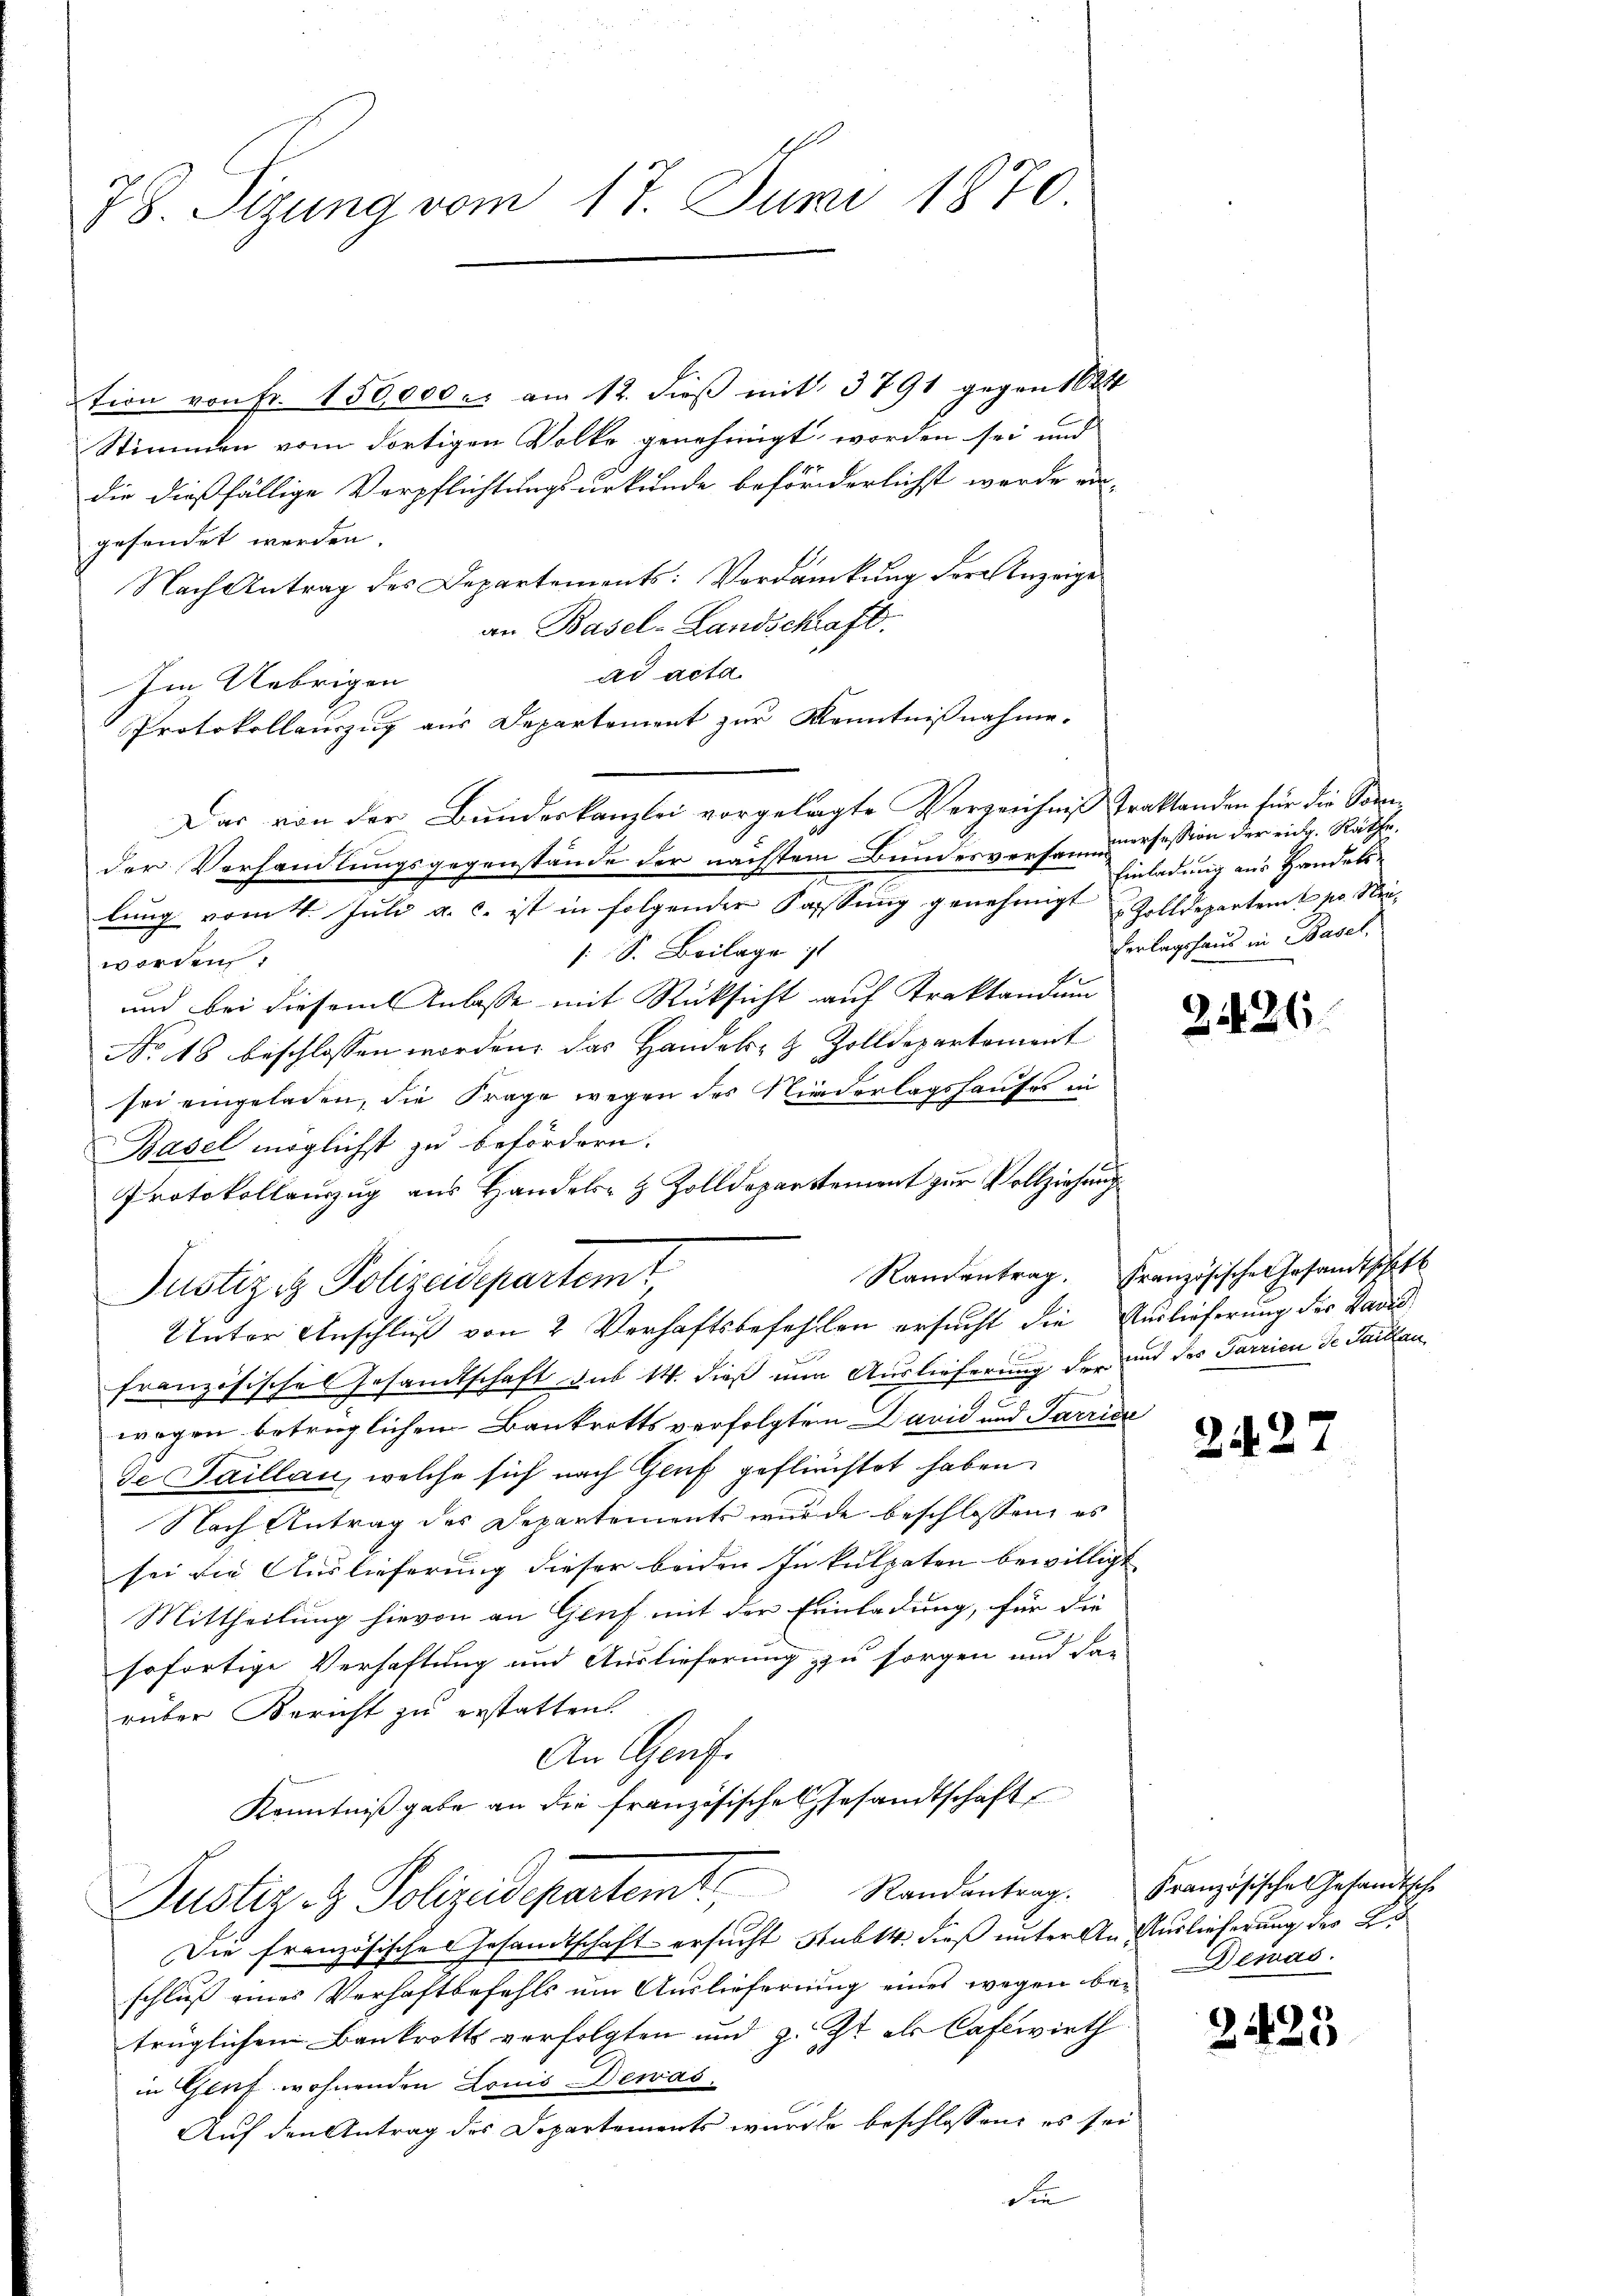
78. Sizung vom 17. Juni 1870

tion von Fr. 150,000 u. am 12. dieß mit 3791 gegen 1824
Stimmen vom dortigen Volke genehmigt worden sei und
die dießfällige Verpflichtungsurkunde beförderlichst werde ein-
gesendet werden.
Nach Antrag des Departements: Verdankung der Anzeige
an Basel-Landschaft.
ad acta.
Im Uebrigen
Protokollauszug aus Departement zur Kenntnißnahme.
Das von der Bundeskanzlei vorgelegte Verzeichnis traktanden für die Soneder Verhandlungsgegenstände der nächstem Bundesverfen mursession der eidg. Räthe,
2
lung vom 4. Juli a. c. ist in folgender Fassung genehmigt Zolldepartent pr. Mei¬
: S. Beilage i
worden.
und bei diesem Anlasse mit Rücksicht auf Kraktandum
No 18 beschlossen worden, das Handels- & Zolldepartement
sei eingeladen, die Frage wegen des Niederlagshauses in
Basel möglichst zu befördern.
Protokollauszug aus Handels- & Zolldepartement zur Vollziehung
französische Gesandtschaft das 14. dieß nun Auslieferung der und des Farrien de Saitlan

wegen betrüglichen Bankrotts verfolgten David und Parric
de Saillau, welche sich nach Genf geflichtet haben.
Nach Antrag des Departements wurde beschlossen, es
sei die Auslieferung dieser beiden Inkulpaten bewilligt
Mittheilung hievon an Genf mit der Einladung, für die
sofortige Verhaftung und Auslieferung zu sorgen und das
rüber Bericht zu erstatten.
An Genf.
Kenntniß gabe an die französisches Gesandtschaft
Justiz- & Polizeidepartem Randantrag. Französische Gesandtsche
Die französisches Gesamtschaft ersucht Rubtt. dieß unter An Auslieferung des L.
schluß eines Verhaftbefehls um Auslieferung eines wegen bei Demas
trüglichem Bankrotts verfolgten und z. Zt. als Caflwirth
in Genf wohnenden Louis Dewas
Auf den Antrag des Departements wurde beschlossen: es sei
Sie

Justiz & Polizeidepartemt
Unter Anschluß von 2 Verhaftsbefehlen ersucht die Auslieferung des Badis

Einladung aus Handels
Verlagshaus in Basel,

2426

Raurantrag. Französische Gesandtschaft

2427

2435